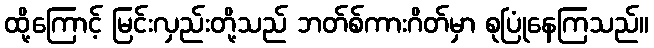
ထို့ကြောင့် မြင်းလှည်းတို့သည် ဘတ်စ်ကားဂိတ်မှာ စုပြုံနေကြသည်။